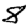
Digit: 8